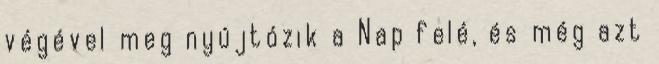
végével meg nyújtózik a Nap felé, és még azt